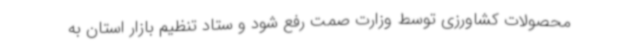
محصولات کشاورزی توسط وزارت صمت رفع شود و ستاد تنظیم بازار استان به